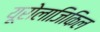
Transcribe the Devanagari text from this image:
यूरोलाजिकिल